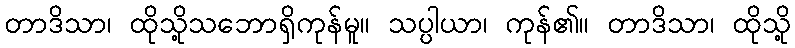
တာဒိသာ၊ ထိုသို့သဘောရှိကုန်မူ။ သပ္ပါယာ၊ ကုန်၏။ တာဒိသာ၊ ထိုသို့